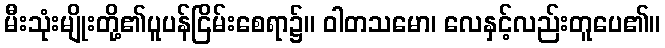
မီးသုံးမျိုးတို့၏ပူပန်ငြိမ်းစေရာ၌။ ဝါတသမော၊ လေနှင့်လည်းတူပေ၏။